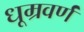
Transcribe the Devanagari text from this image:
धूम्रवर्णं